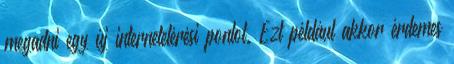
megadni egy új internetelérési pontot. Ezt például akkor érdemes